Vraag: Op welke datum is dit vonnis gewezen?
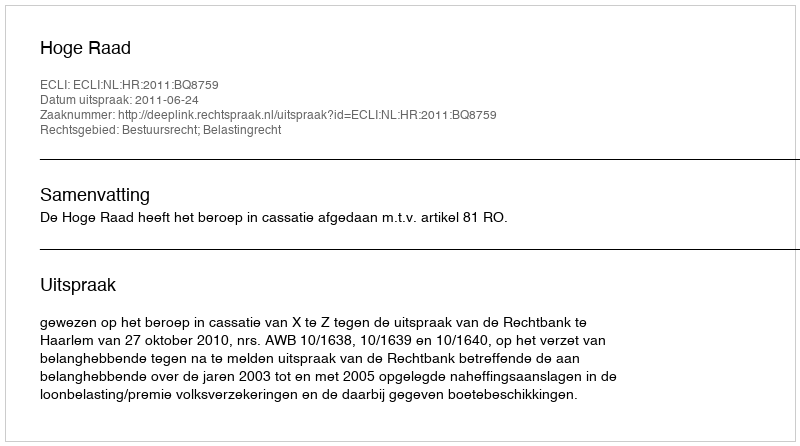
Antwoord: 2011-06-24